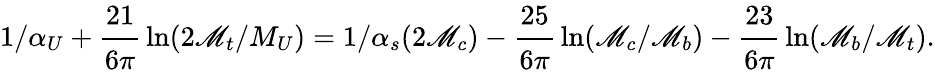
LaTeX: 1/\alpha_{U}+{\displaystyle\cfrac{21}{6\pi}}\ln(2\mathscr{M}_{t}/M_{U})=1/\alpha_{s}(2\mathscr{M}_{c})-{\displaystyle\cfrac{25}{6\pi}}\ln(\mathscr{M}_{c}/\mathscr{M}_{b})-{\displaystyle\cfrac{23}{6\pi}}\ln(\mathscr{M}_{b}/\mathscr{M}_{t}).